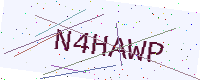
Text: N4HAWP